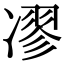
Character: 𠗽